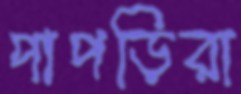
পাপড়িরা